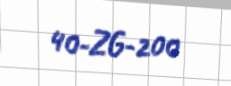
40-ZG-200